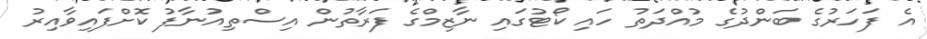
އެ ފަހަރުގެ ބަންދުގެ މުއްދަތު ހައި ކޯޓުގައި ނާޒިމްގެ ފަރާތުން އިސްތިއުނާފު ކޮށްފައިވާއިރު